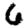
Digit: 6